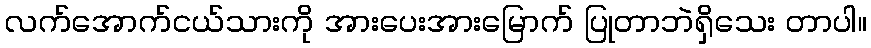
လက်အောက်ငယ်သားကို အားပေးအားမြောက် ပြုတာဘဲရှိသေး တာပါ။